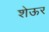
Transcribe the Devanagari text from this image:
शेऊर